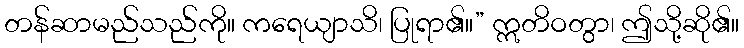
တန်ဆာမည်သည်ကို။ ကရေယျာသိ၊ ပြုရာ၏။” ဣတိဝတွာ၊ ဤသို့ဆို၏။